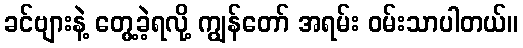
ခင်ဗျားနဲ့ တွေ့ခဲ့ရလို့ ကျွန်တော် အရမ်း ဝမ်းသာပါတယ်။